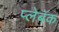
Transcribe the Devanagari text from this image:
प्लेबॅक